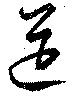
筵